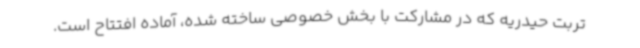
تربت حیدریه که در مشارکت با بخش خصوصی ساخته شده، آماده افتتاح است.